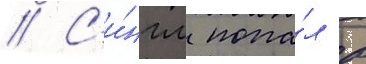
// С'и́нгл попа́л в